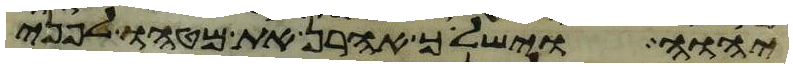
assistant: יהוה וישליך אהרן את מטהו לפני